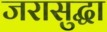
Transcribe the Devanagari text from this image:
जरासुद्धा